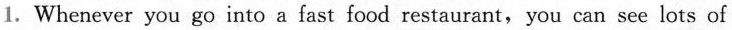
1. Whenever you go into a fast food restaurant, you can see lots of